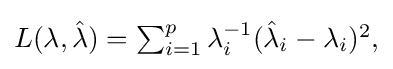
{\textstyle L(\lambda ,{\hat {\lambda }})=\sum _{i=1}^{p}\lambda _{i}^{-1}({\hat {\lambda }}_{i}-\lambda _{i})^{2},}